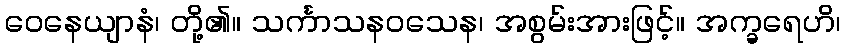
ဝေနေယျာနံ၊ တို့၏။ သင်္ကာသနဝသေန၊ အစွမ်းအားဖြင့်။ အက္ခရေဟိ၊